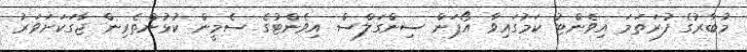
މުބާރުގެ ފުރަތަމަ އިވެންޓު ކަމުގައިވާ އޯޕަން ސިންގަލްސް އިވެންޓުގެ ސެމީން ކުޅުންތެރިން ޖާގަކަށަވަރު